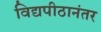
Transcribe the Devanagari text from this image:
विद्यपीठानंतर